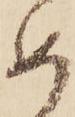
め